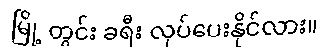
မြို့ တွင်း ခရီး လုပ်ပေးနိုင်လား။